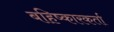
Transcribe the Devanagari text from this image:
बहिष्कारकर्ता